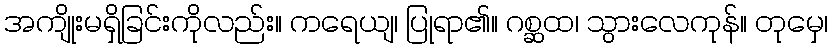
အကျိုးမရှိခြင်းကိုလည်း။ ကရေယျ၊ ပြုရာ၏။ ဂစ္ဆထ၊ သွားလေကုန်။ တုမှေ၊